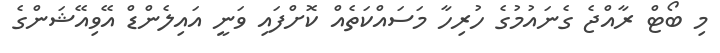
މި ބޯޓް ރާއްޖެ ގެނައުމުގެ ހުރިހާ މަސައްކަތެއް ކޮށްފައި ވަނީ އައިލެންޑް އޭވިއޭޝަންގެ